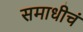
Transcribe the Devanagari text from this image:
समाधीचं